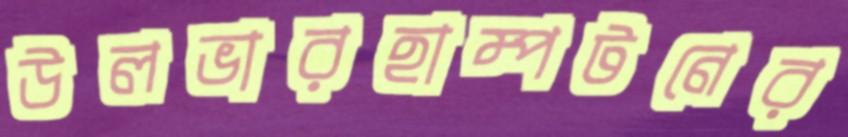
উলভারহাম্পটনের